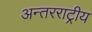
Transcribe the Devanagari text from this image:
अन्तरराट्रीय